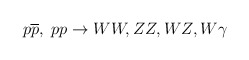
\begin{align*}p \overline{p},\; pp \rightarrow WW,ZZ,WZ,W\gamma\end{align*}